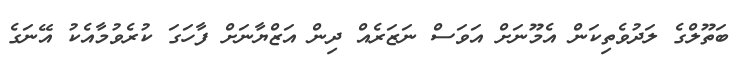
ބަތޫލްގެ ލަދުވެތިކަން އެމޫނަށް އަވަސް ނަޒަރެއް ދިން އަޒްޔާނަށް ފާހަގަ ކުރެވުމާއެކު އޭނަގެ